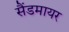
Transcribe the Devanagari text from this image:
सैंडमायर